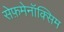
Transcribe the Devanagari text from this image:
सेफ़मेनॉक्सिम